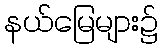
နယ်မြေများ၌